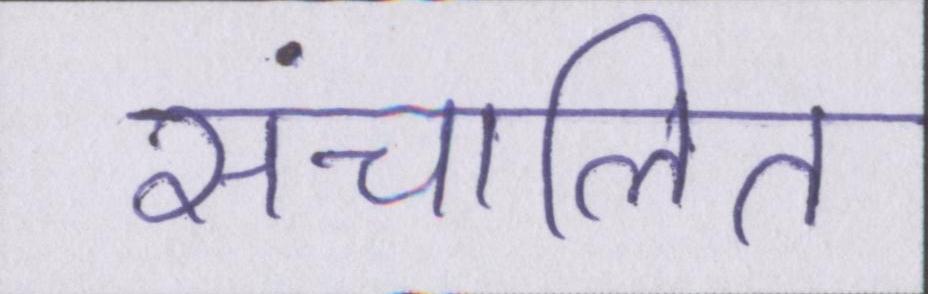
संचालित